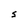
Character: S